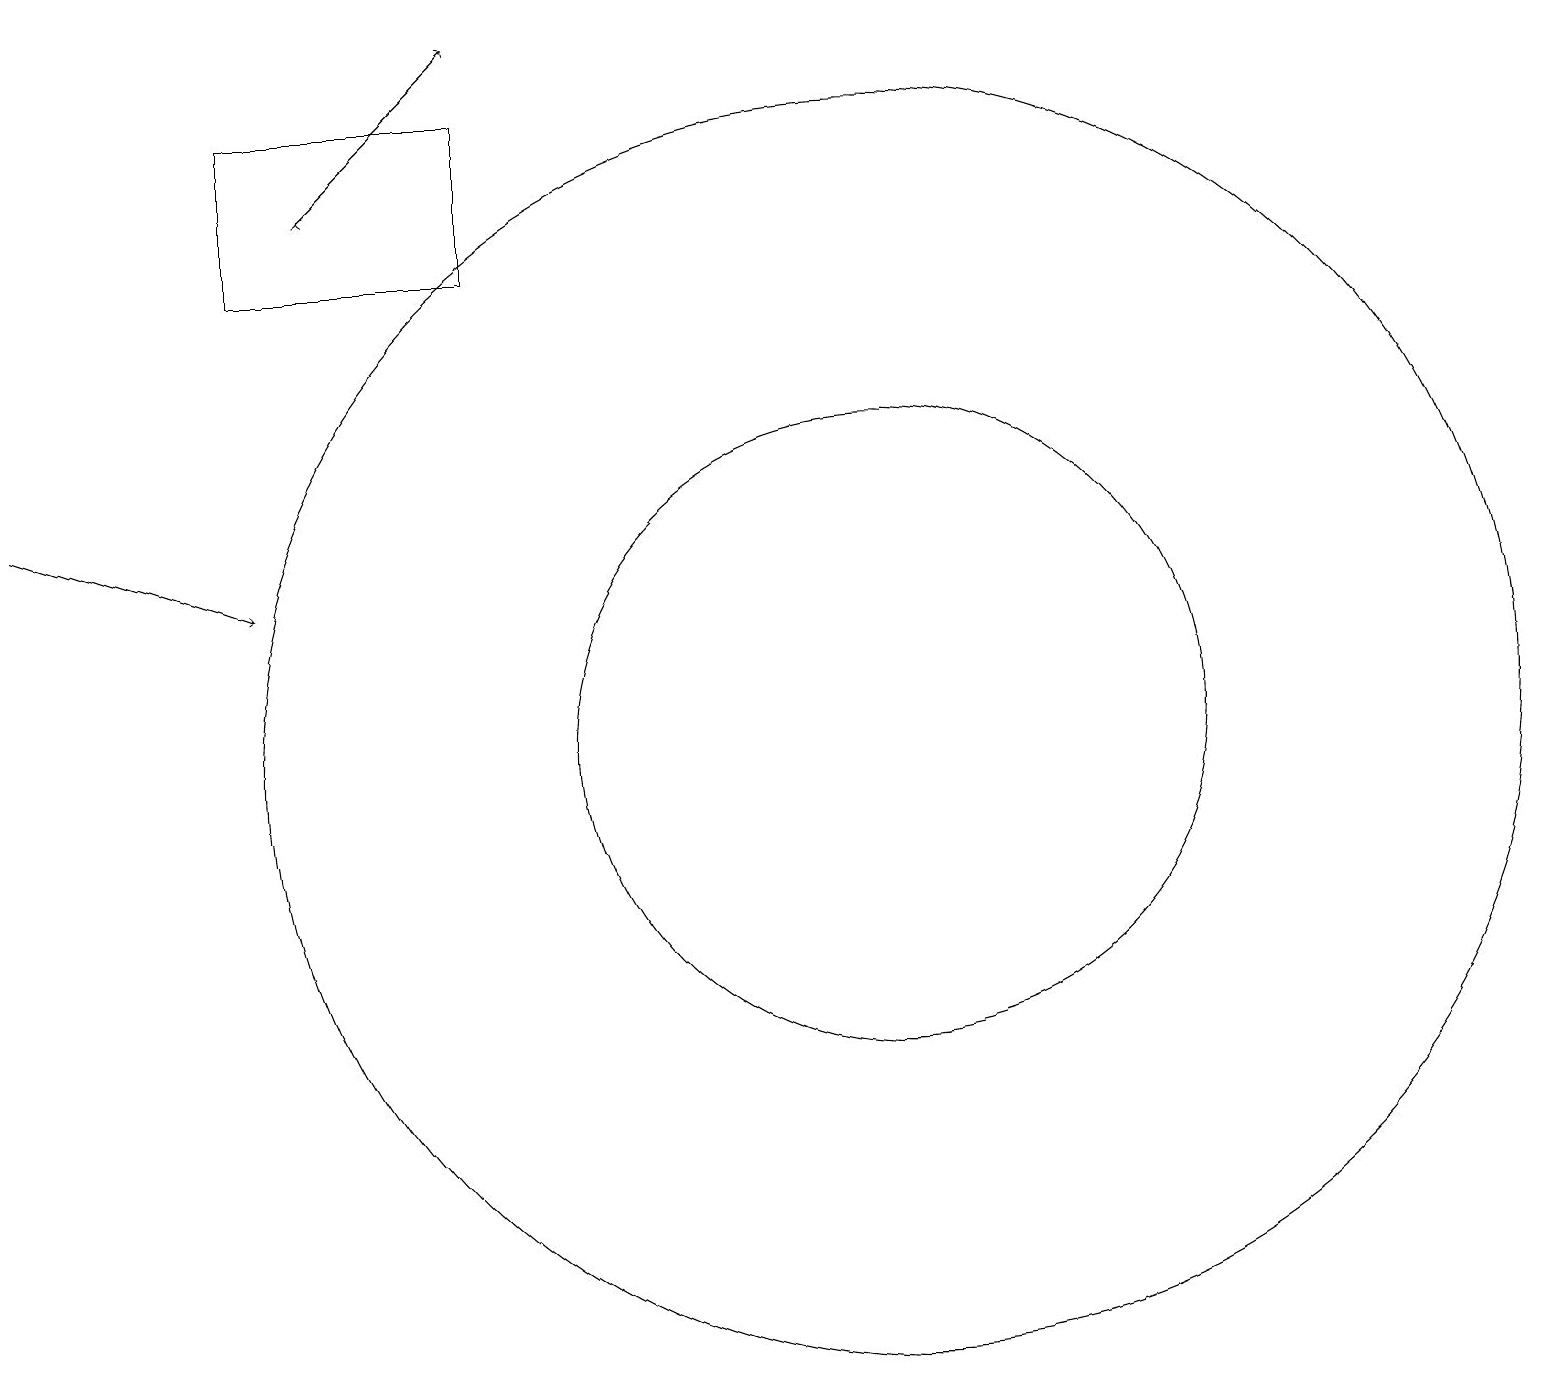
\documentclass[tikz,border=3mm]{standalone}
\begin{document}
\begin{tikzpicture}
\draw[->] (4,17) -- (4,17);
\draw[->] (0,13) -- (3,12);
\draw (11,10) circle (8);
\draw (11,10) circle (4);
\draw (6,16) rectangle (3,18);
\draw[->] (4,17) -- (6,19);
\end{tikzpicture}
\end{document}